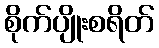
စိုက်ပျိုးစရိတ်